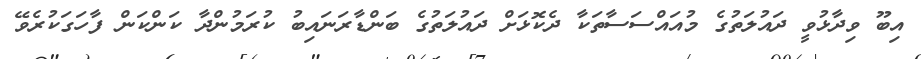
އިބޫ ވިދާޅުވީ ދައުލަތުގެ މުއައްސަސާތަކާ ދެކޮޅަށް ދައުލަތުގެ ބަންޑާރަނައިބު ކުރަމުންދާ ކަންކަން ފާހަގަކުރެވޭ